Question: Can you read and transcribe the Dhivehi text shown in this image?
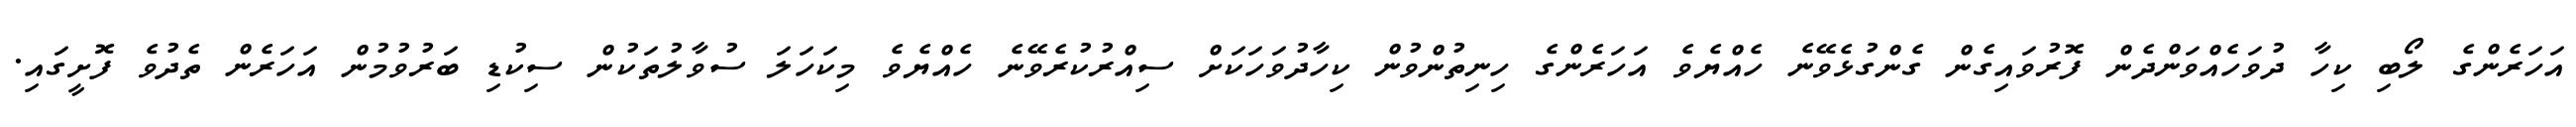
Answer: އަހަރެންގެ ލޯބި ކިހާ ދުވަހެއްވަންދެން ފޮރުވައިގެން ގެންގުޅެވޭނެ ހެއްޔެވެ އަހަރެންގެ ހިނިތުންވުން ކިހާދުވަހަކަށް ސިއްރުކުރެވޭނެ ހެއްޔެވެ މިކަހަލަ ސުވާލުތަކުން ސިކުޑި ބަރުވުމުން އަހަރެން ތެދުވެ ފޮށީގައި.